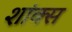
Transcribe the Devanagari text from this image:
शांक्स